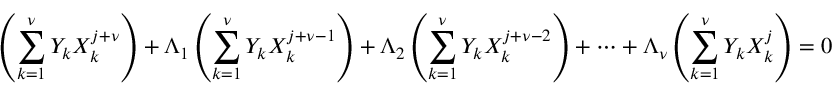
\left( \sum _ { k = 1 } ^ { \nu } Y _ { k } X _ { k } ^ { j + \nu } \right) + \Lambda _ { 1 } \left( \sum _ { k = 1 } ^ { \nu } Y _ { k } X _ { k } ^ { j + \nu - 1 } \right) + \Lambda _ { 2 } \left( \sum _ { k = 1 } ^ { \nu } Y _ { k } X _ { k } ^ { j + \nu - 2 } \right) + \cdots + \Lambda _ { \nu } \left( \sum _ { k = 1 } ^ { \nu } Y _ { k } X _ { k } ^ { j } \right) = 0